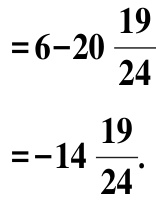
\[
\begin{align*}
&=6 - 20\frac{19}{24}\\
&=-14\frac{19}{24}.
\end{align*}
\]